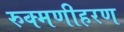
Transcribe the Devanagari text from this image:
रुक्मणीहरण